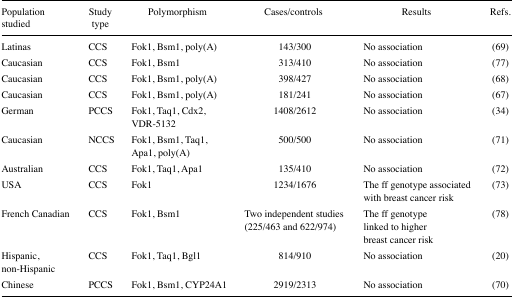
| Population studied | Study type | Polymorphism | Cases/controls | Results | Refs. |
 | --- | --- | --- | --- | --- | --- |
 | Latinas | CCS | Fok1, Bsm1, poly(A) | 143/300 | No association | (69) |
 | Caucasian | CCS | Fok1, Bsm1 | 313/410 | No association | (77) |
 | Caucasian | CCS | Fok1, Bsm1, poly(A) | 398/427 | No association | (68) |
 | Caucasian | CCS | Fok1, Bsm1, poly(A) | 181/241 | No association | (67) |
 | German | PCCS | Fok1, Taq1, Cdx2, VDR-5132 | 1408/2612 | No association | (34) |
 | Caucasian | NCCS | Fok1, Bsm1, Taq1, Apa1, poly(A) | 500/500 | No association | (71) |
 | Australian | CCS | Fok1, Taq1, Apa1 | 135/410 | No association | (72) |
 | USA | CCS | Fok1 | 1234/1676 | The ff genotype associated with breast cancer risk | (73) |
 | French Canadian | CCS | Fok1, Bsm1 | Two independent studies (225/463 and 622/974) | The ff genotype linked to higher breast cancer risk | (78) |
 | Hispanic, non-Hispanic | CCS | Fok1, Taq1, Bgl1 | 814/910 | No association | (20) |
 | Chinese | PCCS | Fok1, Bsm1, CYP24A1 | 2919/2313 | No association | (70) |